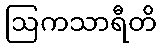
ဩကသာရီတိ